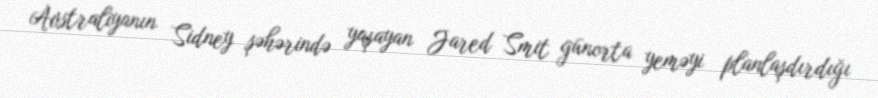
Avstraliyanın Sidney şəhərində yaşayan Jared Smit günorta yeməyi planlaşdırdığı